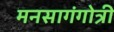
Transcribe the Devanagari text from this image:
मनसागंगोत्री